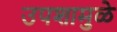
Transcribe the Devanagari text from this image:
उपशामुळे